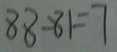
8 8 - 8 1 = 7